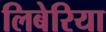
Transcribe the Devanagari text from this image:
लिबेरिया